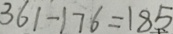
3 6 1 - 1 7 6 = 1 8 5